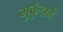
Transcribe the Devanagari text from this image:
मुकुंदानें